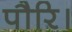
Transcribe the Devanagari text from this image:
पौरि।